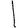
Digit: 1